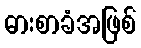
ဓားစာခံအဖြစ်